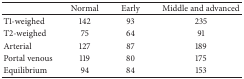
<table><thead><tr><td><b> </b></td><td><b>Normal</b></td><td><b>Early</b></td><td><b>Middle and advanced</b></td></tr></thead><tbody><tr><td>T1-weighed</td><td>142</td><td>93</td><td>235</td></tr><tr><td>T2-weighed</td><td>75</td><td>64</td><td>91</td></tr><tr><td>Arterial</td><td>127</td><td>87</td><td>189</td></tr><tr><td>Portal venous</td><td>119</td><td>80</td><td>175</td></tr><tr><td>Equilibrium</td><td>94</td><td>84</td><td>153</td></tr></tbody></table>